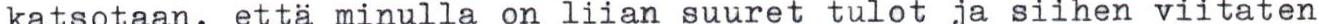
katsotaan, että minulla on liian suuret tulot ja siihen viitaten